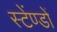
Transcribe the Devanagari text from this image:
स्टेंण्डों